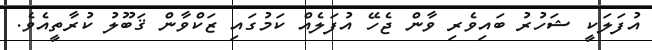
އުފަލަކީ ޝަހުރު ބައިވެރި ވާން ޖެހޭ އުފަލެއް ކަމުގައި ޒަކްވާން ޤަބޫލު ކުރާތީއެވެ.